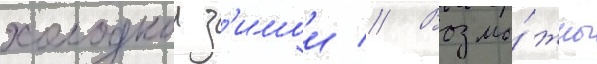
холоднои з'имои // Возмо́жны